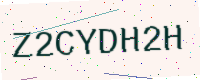
Text: Z2CYDH2H